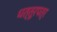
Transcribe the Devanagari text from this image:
धत्तूरपत्र